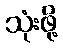
သုံးဖို့